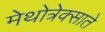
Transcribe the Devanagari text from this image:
मेथोत्रेक्साते